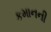
કમાનની